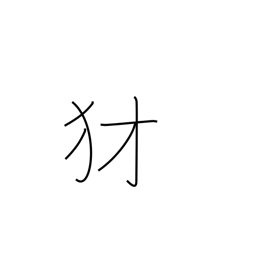
Meaning: mean